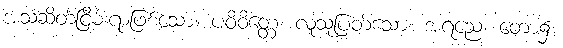
အသံဆိတ်ငြိမ်းရာဖြစ်သော။ ပဝိဝိတ္တေ၊ လူသူပြတ်သော။ အရညေ၊ တော၌။